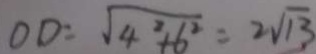
O D = \sqrt { 4 ^ { 2 } + 6 ^ { 2 } } = 2 \sqrt { 1 3 }